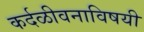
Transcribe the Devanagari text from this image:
कर्दळीवनाविषयी